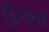
ફિગની